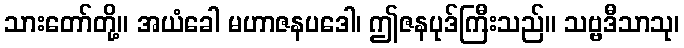
သားတော်တို့။ အယံခေါ မဟာဇနပဒေါ၊ ဤဇနပုဒ်ကြီးသည်။ သဗ္ဗဒီသာသု၊